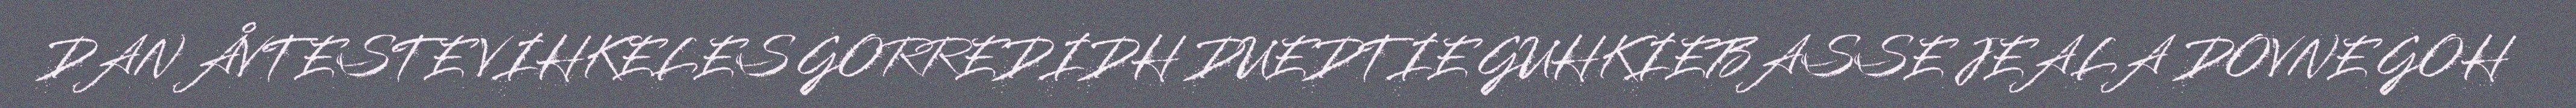
DAN ÅVTESTE VIHKELES GORREDIDH DUEDTIE GUHKIEBASSE JEALA DOVNE GOH